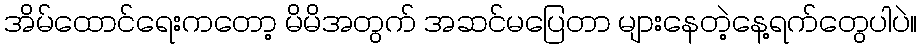
အိမ်ထောင်ရေးကတော့ မိမိအတွက် အဆင်မပြေတာ များနေတဲ့နေ့ရက်တွေပါပဲ။